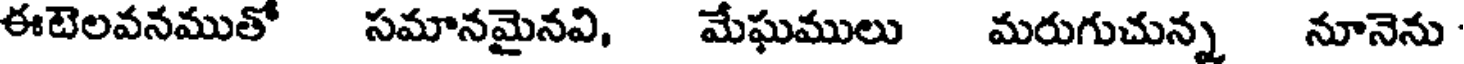
ఈటెలవనముతో సమానమైనవి, మేఘములు మరుగుచున్న నూనెను